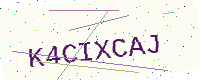
Text: K4CIXCAJ